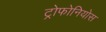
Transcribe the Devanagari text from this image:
ट्रोफोनियोस